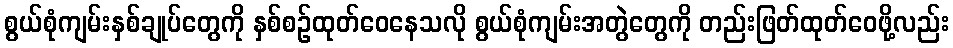
စွယ်စုံကျမ်းနှစ်ချုပ်တွေကို နှစ်စဉ်ထုတ်ဝေနေသလို စွယ်စုံကျမ်းအတွဲတွေကို တည်းဖြတ်ထုတ်ဝေဖို့လည်း